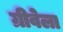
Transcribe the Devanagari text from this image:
ग्रीवेला